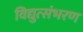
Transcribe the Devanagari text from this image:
विद्युत्संभरण